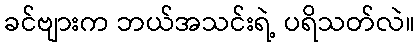
ခင်ဗျားက ဘယ်အသင်းရဲ့ ပရိသတ်လဲ။